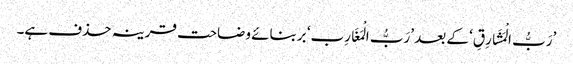
’رَبُّ الْمَشَارِقِ‘ کے بعد ’رَبُّ الْمَغَارِب‘ بربنائے وضاحت قرینہ حذف ہے۔